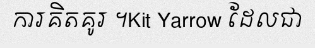
ការគិតគូរ ។Kit Yarrow ដែលជា